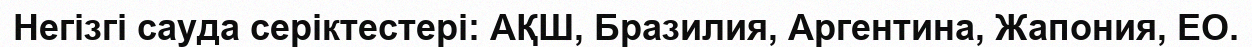
Негізгі сауда серіктестері: АҚШ, Бразилия, Аргентина, Жапония, ЕО.